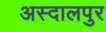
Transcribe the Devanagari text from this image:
अस्दालपुर